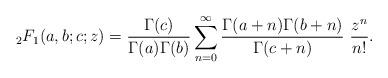
LaTeX: \begin{align*} {}_2F_1(a,b;c;z) = \frac{\Gamma(c)}{\Gamma(a)\Gamma(b)} \sum_{n=0}^\infty \frac{\Gamma(a+n)\Gamma(b+n)}{\Gamma(c+n)} \ \frac{z^n}{n!}.\end{align*}